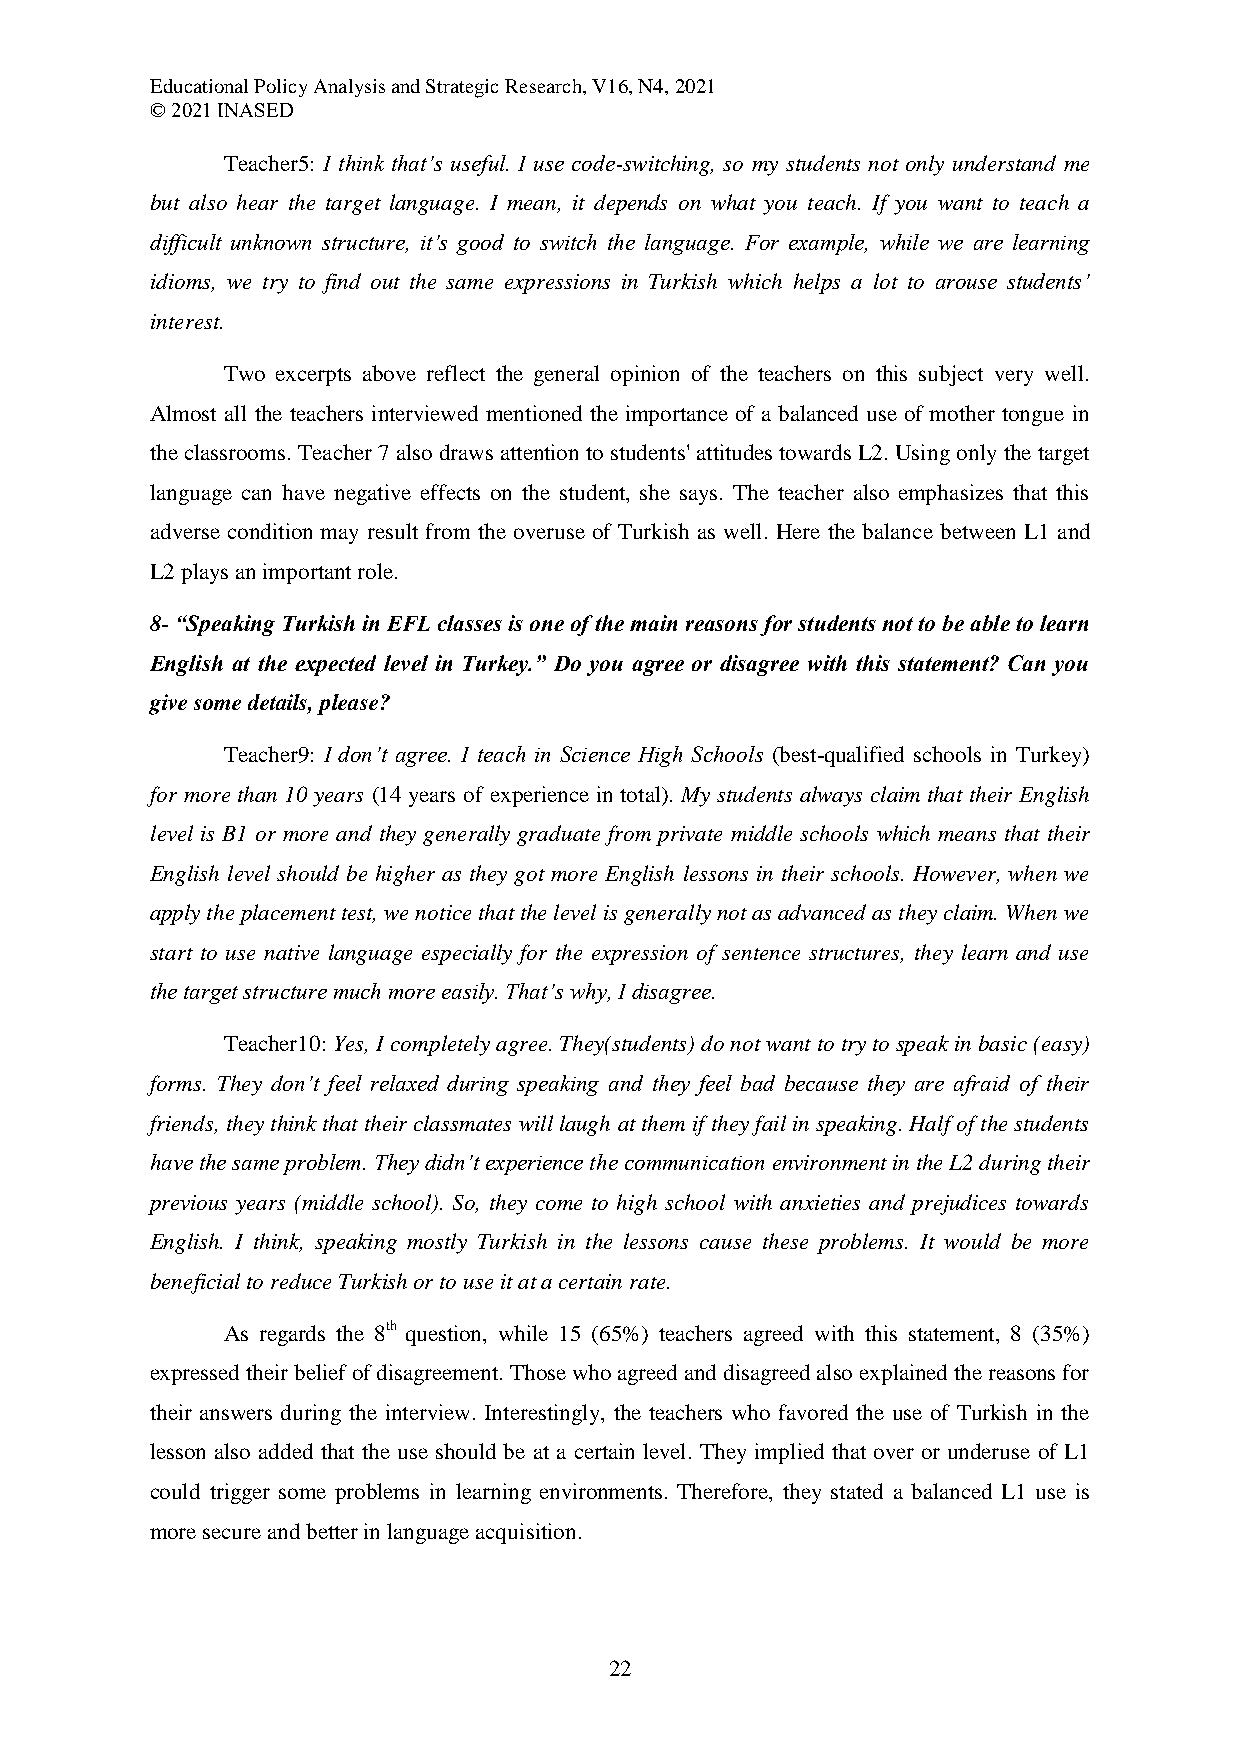
Educational Policy Analysis and Strategic Research, V16, N4, 2021
 © 2021 INASED
 Teacher5: I think that’s useful. I use code-switching, so my students not only understand me
 but also hear the target language. I mean, it depends on what you teach. If you want to teach a
 difficult unknown structure, it’s good to switch the language. For example, while we are learning
 idioms, we try to find out the same expressions in Turkish which helps a lot to arouse students’
 interest.
 Two excerpts above reflect the general opinion of the teachers on this subject very well.
 Almost all the teachers interviewed mentioned the importance of a balanced use of mother tongue in
 the classrooms. Teacher 7 also draws attention to students' attitudes towards L2. Using only the target
 language can have negative effects on the student, she says. The teacher also emphasizes that this
 adverse condition may result from the overuse of Turkish as well. Here the balance between L1 and
 L2 plays an important role.
 8- “Speaking Turkish in EFL classes is one of the main reasons for students not to be able to learn
 English at the expected level in Turkey.” Do you agree or disagree with this statement? Can you
 give some details, please?
 Teacher9: I don’t agree. I teach in Science High Schools (best-qualified schools in Turkey)
 for more than 10 years (14 years of experience in total). My students always claim that their English
 level is B1 or more and they generally graduate from private middle schools which means that their
 English level should be higher as they got more English lessons in their schools. However, when we
 apply the placement test, we notice that the level is generally not as advanced as they claim. When we
 start to use native language especially for the expression of sentence structures, they learn and use
 the target structure much more easily. That’s why, I disagree.
 Teacher10: Yes, I completely agree. They(students) do not want to try to speak in basic (easy)
 forms. They don’t feel relaxed during speaking and they feel bad because they are afraid of their
 friends, they think that their classmates will laugh at them if they fail in speaking. Half of the students
 have the same problem. They didn’t experience the communication environment in the L2 during their
 previous years (middle school). So, they come to high school with anxieties and prejudices towards
 English. I think, speaking mostly Turkish in the lessons cause these problems. It would be more
 beneficial to reduce Turkish or to use it at a certain rate.
 As regards the 8th question, while 15 (65%) teachers agreed with this statement, 8 (35%)
 expressed their belief of disagreement. Those who agreed and disagreed also explained the reasons for
 their answers during the interview. Interestingly, the teachers who favored the use of Turkish in the
 lesson also added that the use should be at a certain level. They implied that over or underuse of L1
 could trigger some problems in learning environments. Therefore, they stated a balanced L1 use is
 more secure and better in language acquisition.
 22